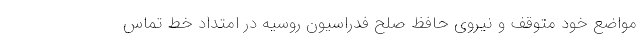
مواضع خود متوقف و نیروی حافظ صلح فدراسیون روسیه در امتداد خط تماس